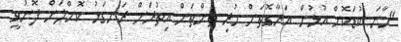
"މާނަ ކުޑަކޮށް އުޅުން އަރާގޮތަށް ހުރި ތަންތަން އިތުރަށް ރަނގަޅު ކޮށްލަން ފޮނުވީ.